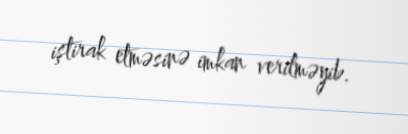
iştirak etməsinə imkan verilməyib.